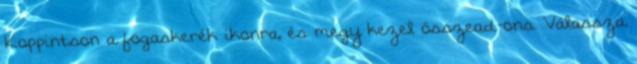
Koppintson a fogaskerék ikonra, és megy kezel összead-ons. Válassza